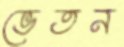
ভেতন